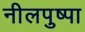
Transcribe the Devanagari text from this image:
नीलपुष्पा